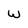
Character: W